Indian journal of veterinary science and animal husbandry - Volume 12,
Year: 1942
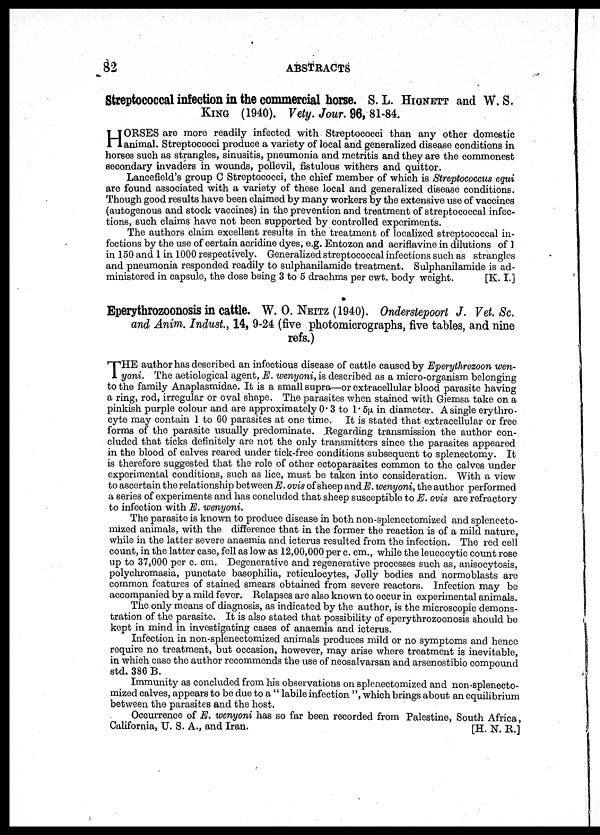
82
ABSTRACTS
Streptococcal infection in the commercial horse. S. L. HIGNETT and W. S.
KING (1940). Vety. Jour. 96, 81-84.
H ORSES are more readily infected with Streptococci than any other domestic
animal. Streptococci produce a variety of local and generalized disease conditions in
horses such as strangles, sinusitis, pneumonia and metritis and they are the commonest
secondary invaders in wounds, pollevil, fistulous withers and quittor.
Lancefield's group C Streptococci, the chief member of which is Streptococcus equi
are found associated with a variety of these local and generalized disease conditions.
Though good results have been claimed by many workers by the extensive use of vaccines
(autogenous and stock vaccines) in the prevention and treatment of streptococcal infec-
tions, such claims have not been supported by controlled experiments.
The authors claim excellent results in the treatment of localized streptococcal in-
fections by the use of certain acridine dyes, e.g. Entozon and acriflavine in dilutions of 1
in 150 and 1 in 1000 respectively. Generalized streptococcal infections such as strangles
and pneumonia responded readily to sulphanilamide treatment. Sulphanilamide is ad-
ministered in capsule, the dose being 3 to 5 drachms per cwt. body weight.
[K. I.]
Eperythrozoonosis in cattle. W. O. NEITZ (1940). Onderstepoort J. Vet. Sc.
and Anim. Indust., 14, 9-24 (five photomicrographs, five tables, and nine
refs.)
T HE author has described an infectious disease of cattle caused by Eperythrozoon wen¬
yoni. The aetiological agent, E. wenyoni, is described as a micro-organism belonging
to the family Anaplasmidae. It is a small supra—or extracellular blood parasite having
a ring, rod, irregular or oval shape. The parasites when stained with Giemsa take on a
pinkish purple colour and are approximately 0.3 to 1.5µ. in diameter. A single erythro-
cyte may contain 1 to 60 parasites at one time. It is stated that extracellular or free
forms of the parasite usually predominate. Regarding transmission the author con-
cluded that ticks definitely are not the only transmitters since the parasites appeared
in the blood of calves reared under tick-free conditions subsequent to splenectomy. It
is therefore suggested that the role of other ectoparasites common to the calves under
experimental conditions, such as lice, must be taken into consideration. With a view
to ascertain the relationship between E. ovis of sheep and E. wenyoni, the author performed
a series of experiments and has concluded that sheep susceptible to E. ovis are refractory
to infection with E. wenyoni.
The parasite is known to produce disease in both non-splenectomized and splenecto¬
mized animals, with the difference that in the former the reaction is of a mild nature,
while in the latter severe anaemia and icterus resulted from the infection. The red cell
count, in the latter case, fell as low as 12,00,000 per c. cm., while the leucocytic count rose
up to 37,000 per c. cm. Degenerative and regenerative processes such as, anisocytosis,
polychromasia, punctate basophilia, reticulocytes, Jolly bodies and normoblasts are
common features of stained smears obtained from severe reactors. Infection may be
accompanied by a mild fever. Relapses are also known to occur in experimental animals.
The only means of diagnosis, as indicated by the author, is the microscopic demons-
tration of the parasite. It is also stated that possibility of eperythrozoonosis should be
kept in mind in investigating cases of anaemia and icterus.
Infection in non-splenectomized animals produces mild or no symptoms and hence
require no treatment, but occasion, however, may arise where treatment is inevitable,
in which case the author recommends the use of neosalvarsan and arsenostibio compound
std. 386 B.
Immunity as concluded from his observations on splenectomized and non-splenecto-
mized calves, appears to be due to a " labile infection ", which brings about an equilibrium
between the parasites and the host.
Occurrence of E. wenyoni has so far been recorded from Palestine, South Africa,
California, U. S. A., and Iran.
[H. N. R.]